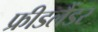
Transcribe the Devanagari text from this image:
फ्रीडलैंडर